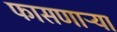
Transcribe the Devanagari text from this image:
फासणाऱ्या